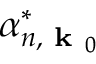
\alpha _ { n , \textbf { k } _ { 0 } } ^ { * }